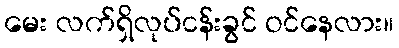
မေး လက်ရှိလုပ်ငန်းခွင် ဝင်နေလား။